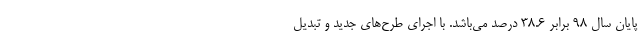
پایان سال ۹۸ برابر ۳۸.۶ درصد می‌باشد. با اجرای طرح‌های جدید و تبدیل